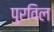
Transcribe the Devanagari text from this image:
पुरविल